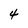
Character: 4